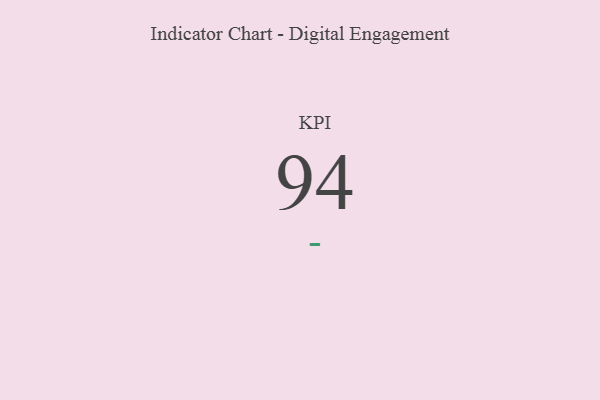
{"axis": {"x": "KPI", "y": "Value"}, "legend": [""], "data": [{"x": "KPI", "y": 94, "type": ""}]}